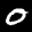
Label: 0